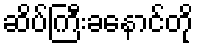
ဆိပ်ကြီးခနောင်တို